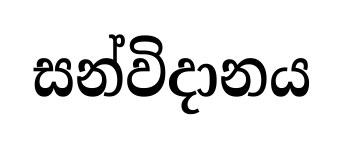
සන්විදානය